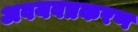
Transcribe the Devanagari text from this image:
अवयवप्रकरण